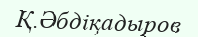
Қ.Әбдіқадыров